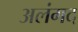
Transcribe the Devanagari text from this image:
अलंगद